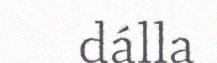
dálla